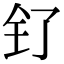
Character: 钌